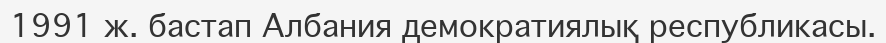
1991 ж. бастап Албания демократиялық республикасы.